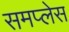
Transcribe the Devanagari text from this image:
समप्लेस